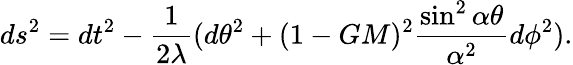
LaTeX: ds^{2}=dt^{2}-\frac{1}{2\lambda}(d\theta^{2}+(1-GM)^{2}\frac{\sin^{2}\alpha\theta}{\alpha^{2}}d\phi^{2}).